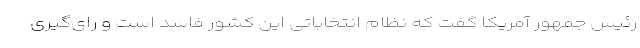
رئیس جمهور آمریکا گفت که نظام انتخاباتی این کشور فاسد است و رای‌گیری